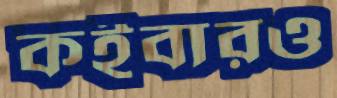
কইবারও